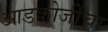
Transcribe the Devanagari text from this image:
आडकोजींचा